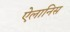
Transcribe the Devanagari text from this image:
ऐलानिस